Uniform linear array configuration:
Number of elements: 64
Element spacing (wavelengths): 0.5
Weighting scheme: blackman
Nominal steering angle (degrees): -15
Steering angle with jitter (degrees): -13.756
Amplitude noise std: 0.05
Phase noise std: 0.05

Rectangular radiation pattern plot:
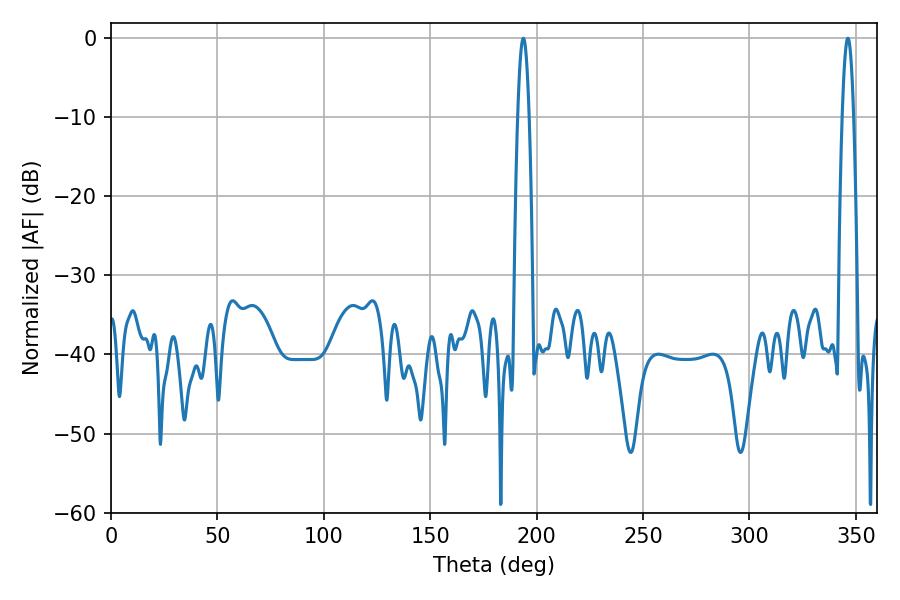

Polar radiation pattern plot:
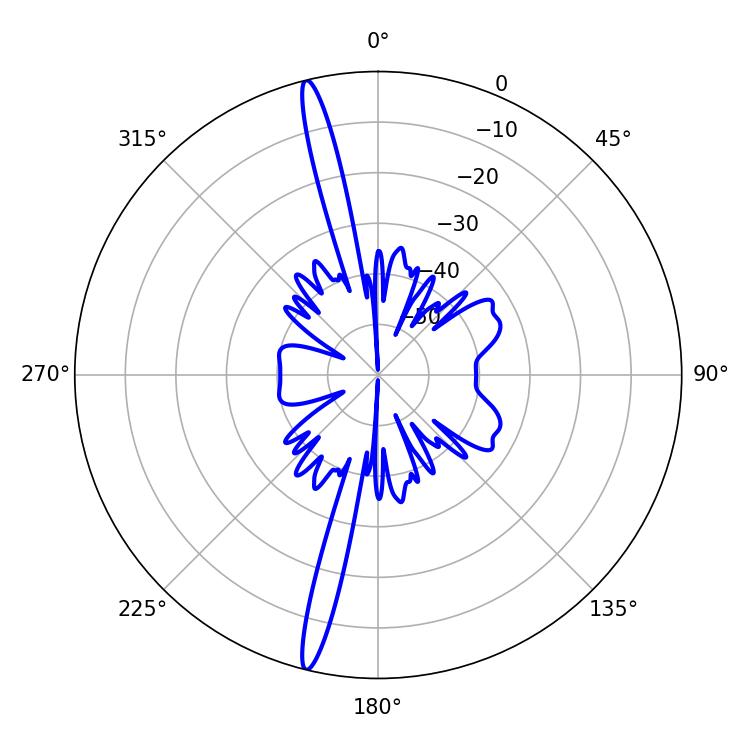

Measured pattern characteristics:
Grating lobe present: FALSE
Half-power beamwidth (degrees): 2.88
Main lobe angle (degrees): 193.68